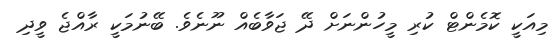
މިއަކީ ކޮމެންޓް ކުރި މީހުންނަށް ދޭ ޖަވާބެއް ނޫނެވެ. ބޭނުމަކީ ރާއްޖެ ވީދި